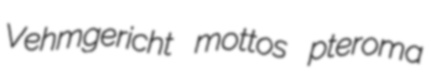
Vehmgericht mottos pteroma